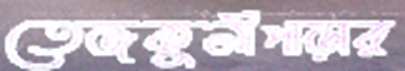
তেজকুনীপাড়ার